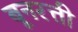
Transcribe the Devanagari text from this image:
बूनरत्ती